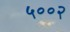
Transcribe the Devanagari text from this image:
५००२